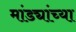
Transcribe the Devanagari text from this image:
मांड्यांच्या